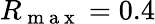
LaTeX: R_{\mathrm{~m~a~x~}}=0.4